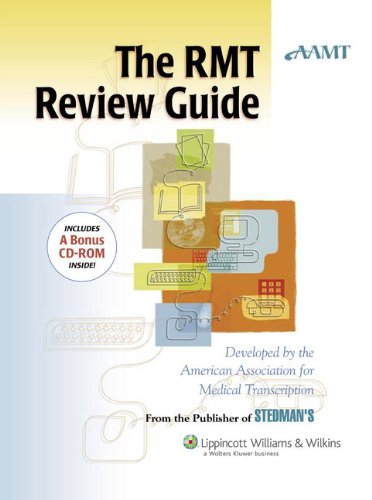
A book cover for The AAMT RMT Review Guide; American Association for Medical Transcription (AAMT); Medical Books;